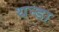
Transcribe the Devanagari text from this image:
थन्डा